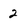
Character: 2